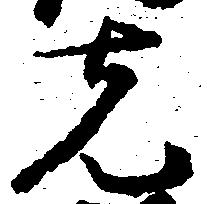
先